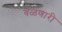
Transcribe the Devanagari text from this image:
वळणारी